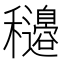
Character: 𥤍